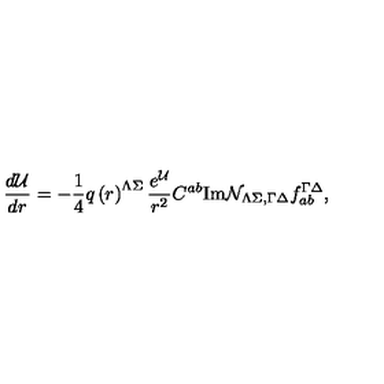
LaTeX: { \frac { d { \cal U } } { d r } } = - { \frac { 1 } { 4 } } q \left( r \right) ^ { \Lambda \Sigma } { \frac { e ^ { \cal U } } { r ^ { 2 } } } C ^ { a b } \mathrm { I m } { \cal N } _ { \Lambda \Sigma , \Gamma \Delta } f _ { a b } ^ { \Gamma \Delta } ,